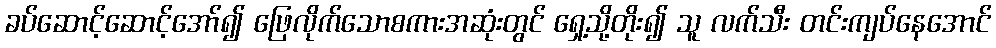
ခပ်ဆောင့်ဆောင့်အော်၍ ဖြေလိုက်သောစကားအဆုံးတွင် ရှေ့သို့တိုး၍ သူ လက်သီး တင်းကျပ်နေအောင်